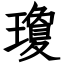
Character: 瓊